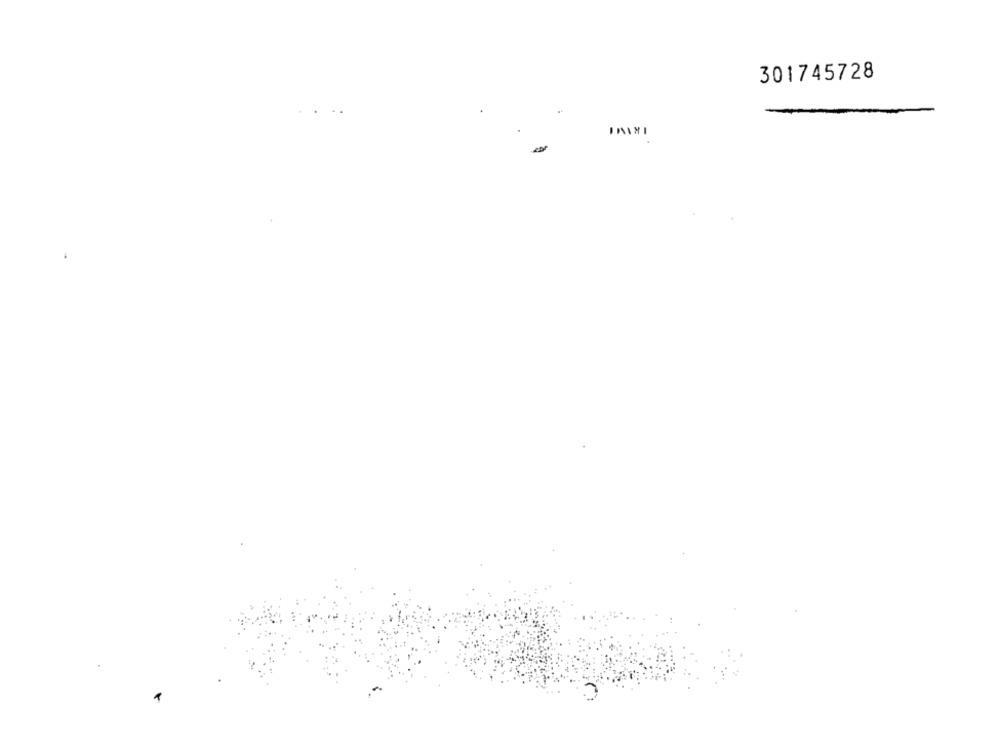
301745728